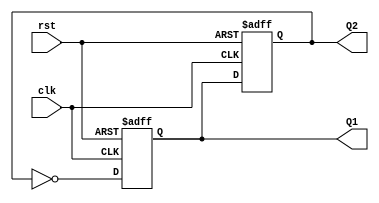
module DualStageJohnsonCounter (
    input wire clk,        // Clock input
    input wire rst,        // Asynchronous reset
    output reg Q1,        // Output of FF1
    output reg Q2         // Output of FF2
);

// Always block triggered on the rising edge of the clock or when reset is active
always @(posedge clk or posedge rst) begin
    if (rst) begin
        // Asynchronous reset to known state (00)
        Q1 <= 1'b0;
        Q2 <= 1'b0;
    end else begin
        // Shift operation for Johnson Counter
        Q1 <= ~Q2;  // Inverted output of FF2 feeds into FF1
        Q2 <= Q1;   // Current state of FF1 shifts into FF2
    end
end

endmodule